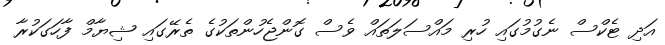
އަދި ޓެކްސް ނެގުމުގައި ހުރި މައްސަލަތައް ވެސް ގޮންޖެހުންތަކުގެ ތެރޭގައި ޝިޔާމް ފާހަގަކުރާ